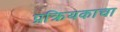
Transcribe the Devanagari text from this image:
प्रक्रियकाचा